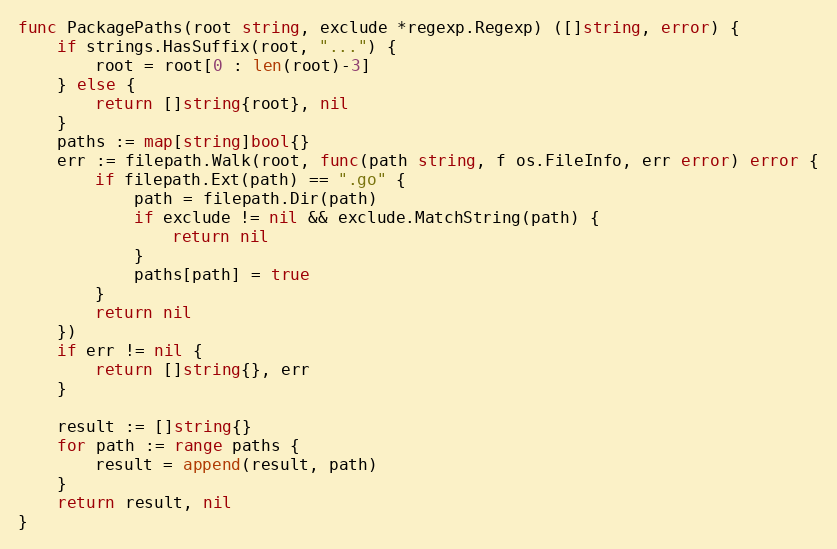
Language: Go
func PackagePaths(root string, exclude *regexp.Regexp) ([]string, error) {
	if strings.HasSuffix(root, "...") {
		root = root[0 : len(root)-3]
	} else {
		return []string{root}, nil
	}
	paths := map[string]bool{}
	err := filepath.Walk(root, func(path string, f os.FileInfo, err error) error {
		if filepath.Ext(path) == ".go" {
			path = filepath.Dir(path)
			if exclude != nil && exclude.MatchString(path) {
				return nil
			}
			paths[path] = true
		}
		return nil
	})
	if err != nil {
		return []string{}, err
	}

	result := []string{}
	for path := range paths {
		result = append(result, path)
	}
	return result, nil
}